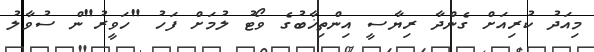
މިއަދު ކުރިއަށް ގެންދާ ރިޔާސީ އިންތިޚާބުގެ ވޯޓު ލުމަށް ފަހު "ހަވީރު"ން ސުވާލު